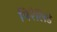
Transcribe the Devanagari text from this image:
पिरैलिडे